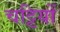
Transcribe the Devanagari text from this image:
चट्टियों